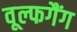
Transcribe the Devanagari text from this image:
वूल्फगैंग